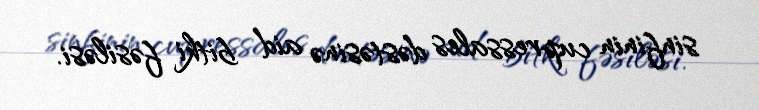
sinfinin cupressales dəstəsinə aid bitki fəsiləsi.